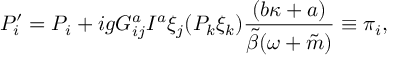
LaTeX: { \cal P } _ { i } ^ { \prime } = { \cal P } _ { i } + i g G _ { i j } ^ { a } I ^ { a } \xi _ { j } ( { \cal P } _ { k } \xi _ { k } ) \frac { ( b \kappa + a ) } { \tilde { \beta } ( \omega + \tilde { m } ) } \equiv \pi _ { i } ,